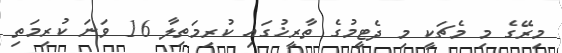
މިރޭގެ މި މެޗަކީ މި ދެޓީމުގެ ތާރީޚުގައި ކުރިމަތިލާ 16 ވަނަ ކުރިމަތި